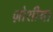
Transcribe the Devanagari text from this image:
ज़ोशीया